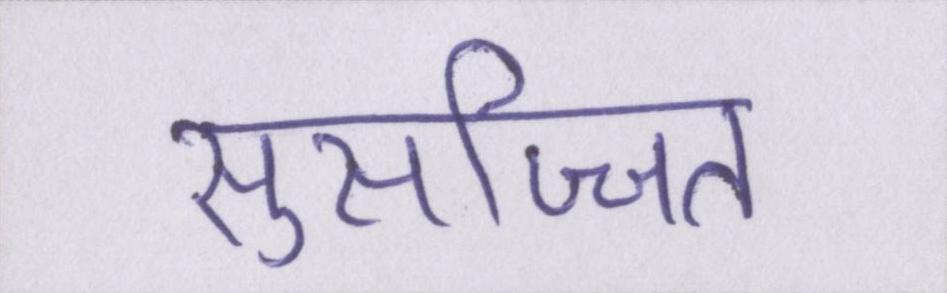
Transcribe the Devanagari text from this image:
सुसज्जित